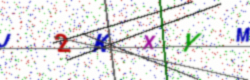
Text: J2KXYM